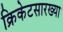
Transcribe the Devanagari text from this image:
क्रिकेटसारख्या